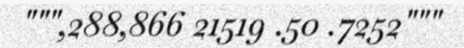
""",288,866 21519 .50 .7252"""